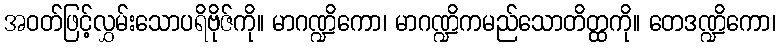
အဝတ်ဖြင့်လွှမ်းသောပရိဗိုဇ်ကို။ မာဂဏ္ဍိကော၊ မာဂဏ္ဍိကမည်သောတိတ္ထကို။ တေဒဏ္ဍိကော၊